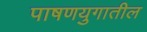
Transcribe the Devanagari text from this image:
पाषणयुगातील